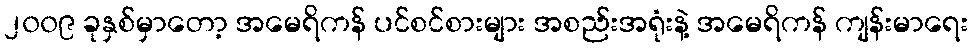
၂၀၀၉ ခုနှစ်မှာတော့ အမေရိကန် ပင်စင်စားများ အစည်းအရုံးနဲ့ အမေရိကန် ကျန်းမာရေး